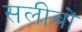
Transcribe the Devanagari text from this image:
सलीबों